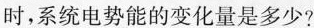
时，系统电势能的变化量是多少?